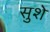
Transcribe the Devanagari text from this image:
सुशे